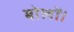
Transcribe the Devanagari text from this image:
बोलों।